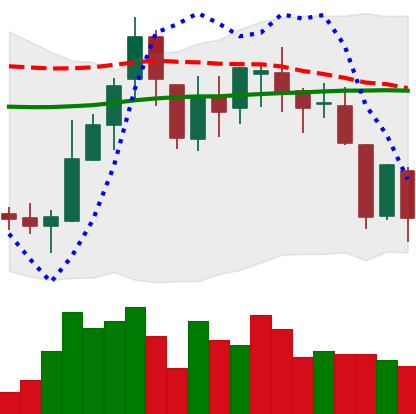
Ticker: BNB-USD
Chart end date: 2018-08-10
Forward return: -21.992%
Label: down_7plus